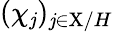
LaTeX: (\chi_{\mathit{j}})_{\mathit{j}\in\mathrm{{X}}/H}